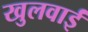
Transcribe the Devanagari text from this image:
खुलवाईं